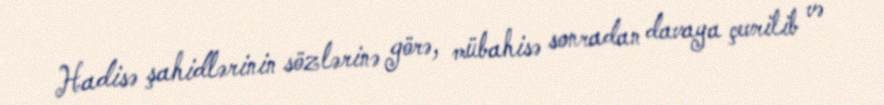
Hadisə şahidlərinin sözlərinə görə, mübahisə sonradan davaya çevrilib və